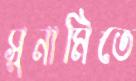
সুনামিতে